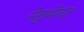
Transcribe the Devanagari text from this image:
नेतुमेतत्‌